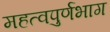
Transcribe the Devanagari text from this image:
महत्वपुर्णभाग